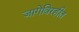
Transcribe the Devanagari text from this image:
जागेविरहीत